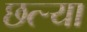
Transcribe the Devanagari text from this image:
छत्र्‍या